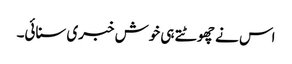
اس نے چھوٹتے ہی خوش خبری سنائی۔